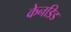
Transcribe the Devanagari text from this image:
केनडिड